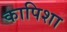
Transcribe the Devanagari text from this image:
कापिशा